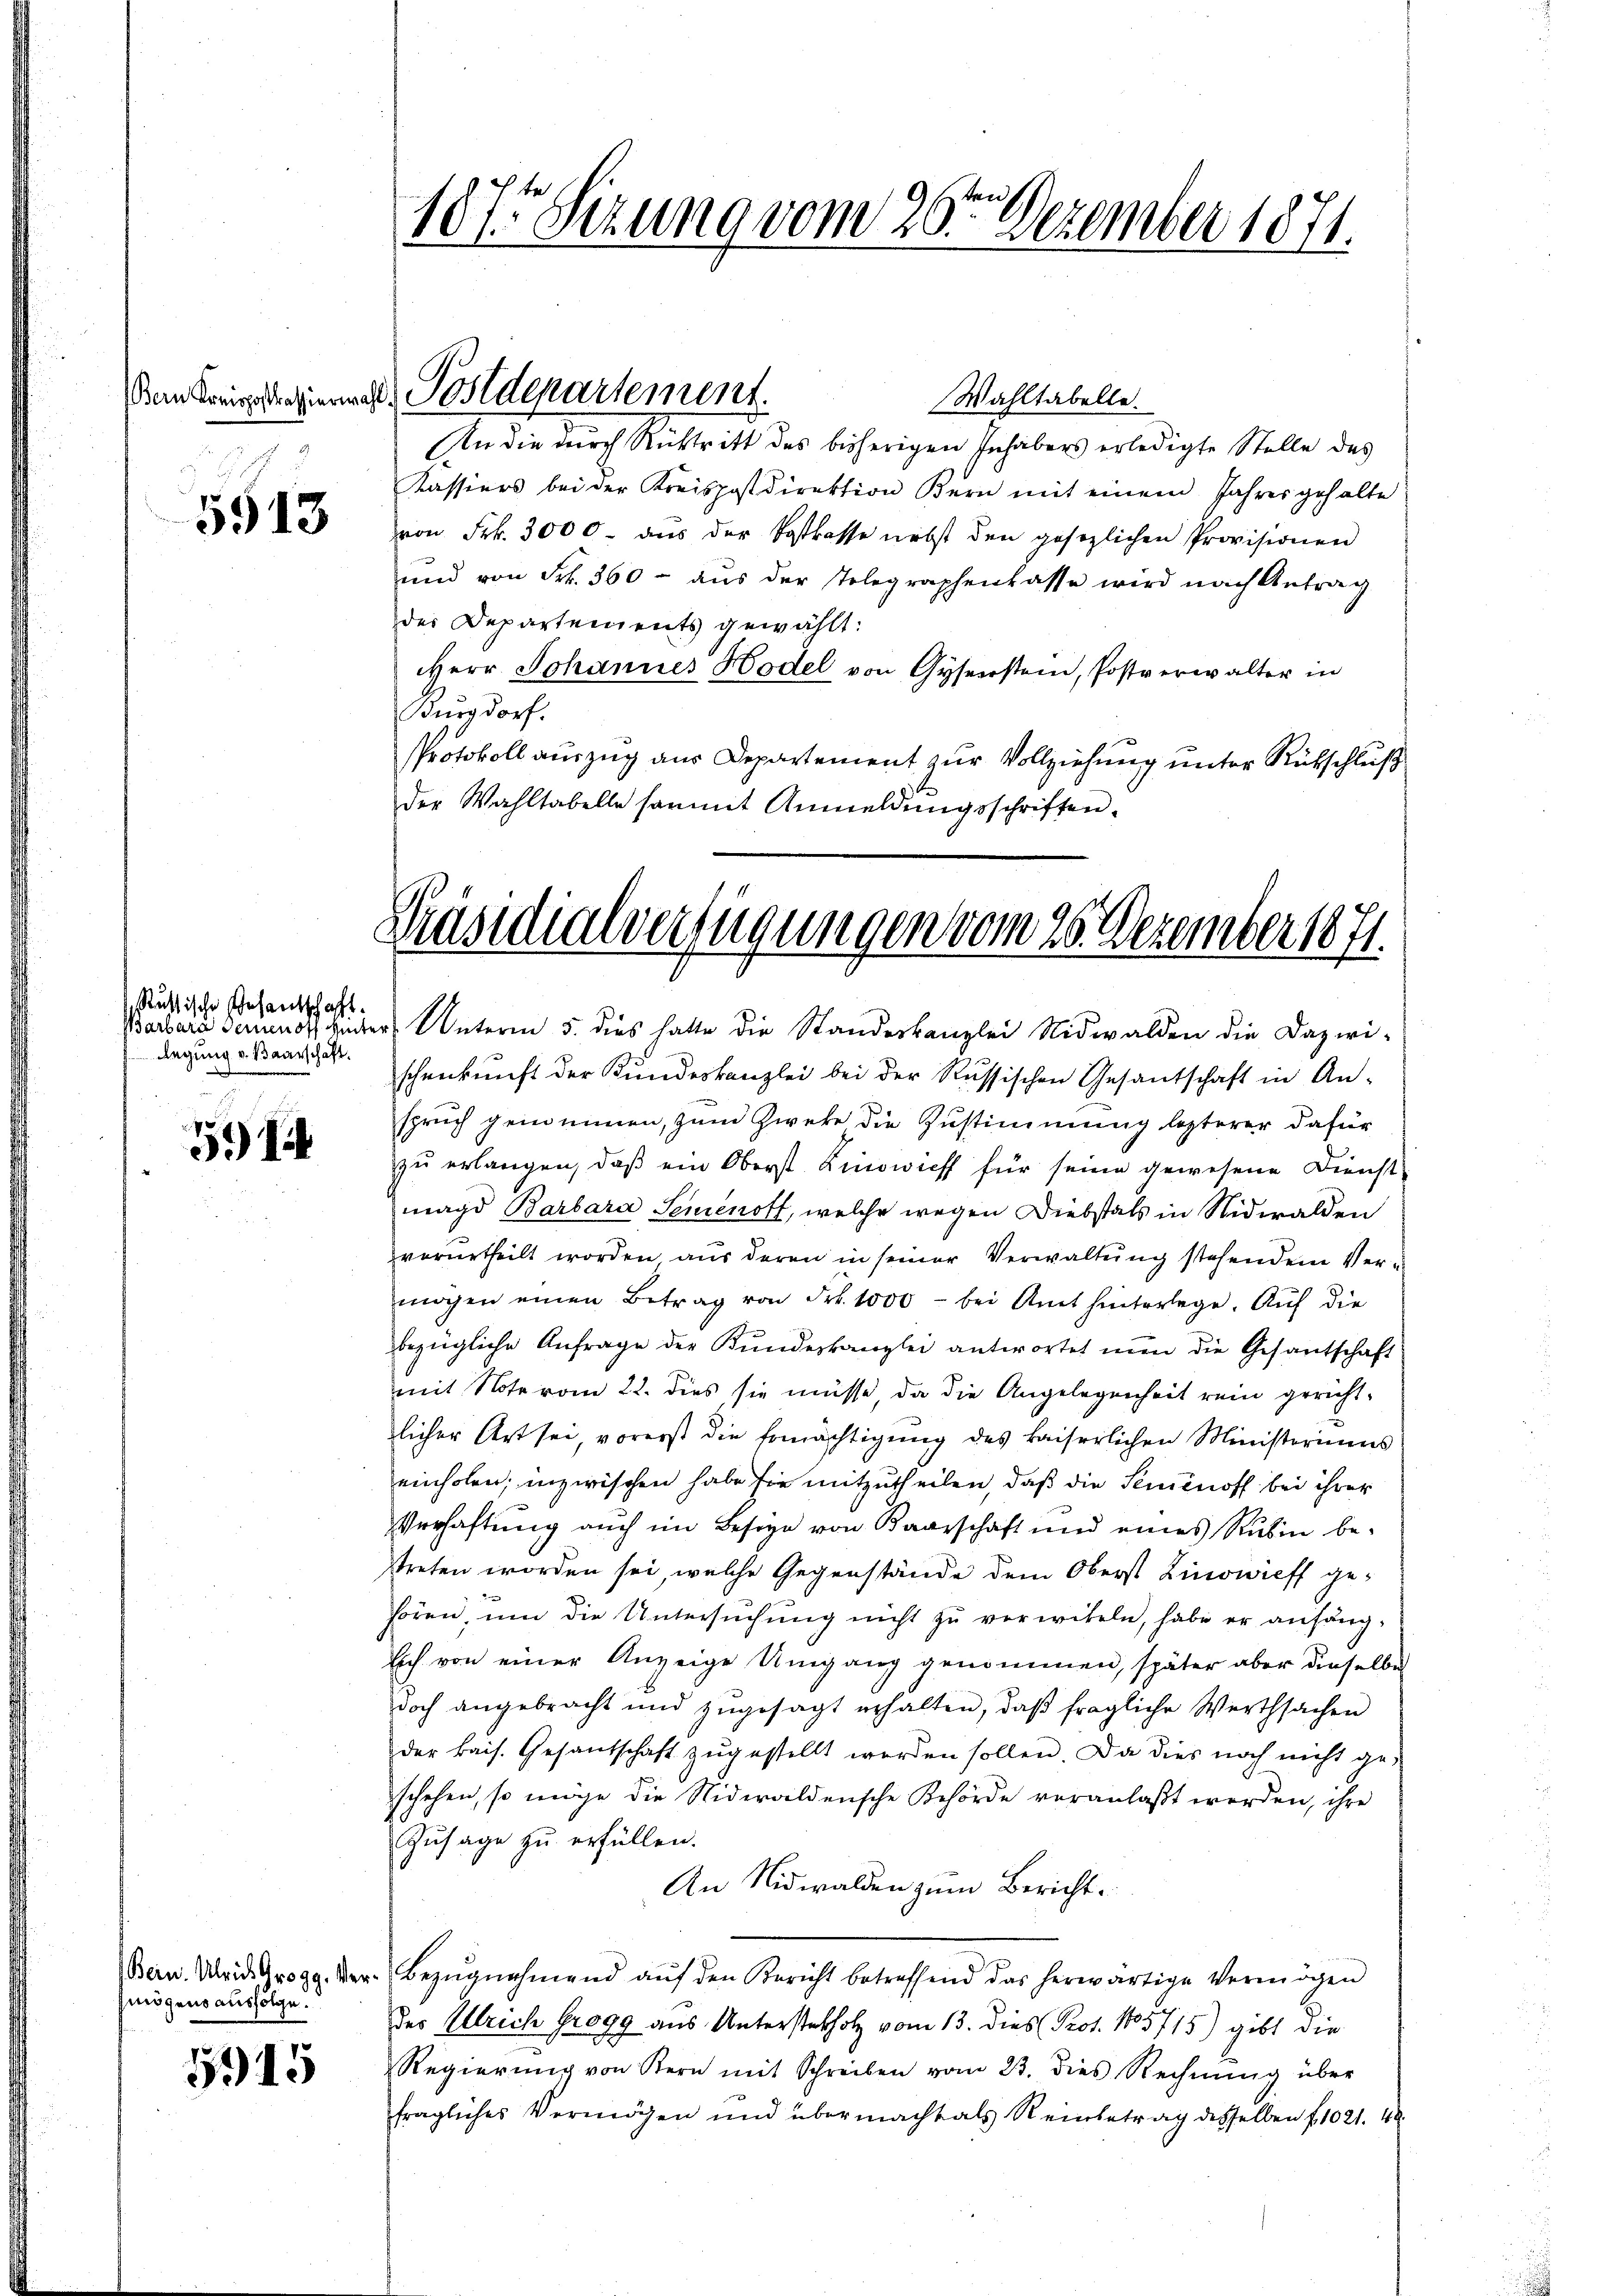
5513

511

mögens ausfolge.

5915

Ruthische Gesantschaft.
legung v. Baarschaft.

187. Sizung vom 26ten Dezember 1871.

den Kreisregieren Postdepartement.

Präsidialverfügungen vom 26. Dezember 1871.

Wahltabelle.
An die durch Rücktritt des bisherigen Inhabers erledigte Stelle des
Kassiers bei der Kreispostdirektion Kern mit einem Jahres gehalte
von Frk. 3000. aŭs der Postkasse nebst den gesezlichen Provisionen
und von Frk. 360 - aŭs der Telegraphenlasse wird nach Antrag
der Departements gewählt:
Herr Johannes Hodel von Gysenstein, Postverwalter in
Burgdorf.
Protokoll auszug aus Departement zur Vollziehung unter Rütschluß
der Wahltabelle sammt Anmeldŭngsschriften.

Barbara demnot inter Unterm 5. dies hatte die Standeskanzlei Nidwalden die Dazwi-
schenkunft der Kundeskanzlei bei der Russischen Gesantschaft in An-
spruch genommen, zum Zweke die Zustimmung lezterer dafür
zu erlangen, daß ein Oberst Kinowicht für seine gewesene Dienst-
magd Barbara Seienoff, welche wegen Diebstals in Nidwalden
verurtheilt worden aus deren in seiner Verwaltung stehendem Vermögen einen Betrag von Frk. 1000 - bei Amt hinterlege. Aŭf die
bezügliche Anfrage der Kundeskanzlei antwortet nun die Gesantschaft
mit Note vom 22. dies sie müsse, da die Angelegenheit rein gericht-
licher Art sei, vorerst die Ermächtigung des kaiserlichen Ministeriums
einholen; inzwischen habe sie mitzutheilen, daß die Seienoff bei ihrer
Verhaftung auch im Besize von Baarschaft und eines Rubin be-
streten worden sei, welche Gegenstände dem Oberst Zinowieff ge-
hören, um die Untersŭchŭng nicht zŭ verwiteln, habe er anfäng¬
Eich von einer Anzeige Umgang genommen, später aber dieselbe
doch angebracht und zŭgesagt erhalten, daβ fragliche Werthsachen
der kais. Gesantschaft zŭgestellt werden sollen. Da dies noch nicht ge-
schehen, so möge die Nidwaldensche Behörde veranlaßt werden, ihre
Zusage zu erfüllen.
An Nidwalden zum Bericht.
Bern. Weide Krogg. Der Bezŭgnahmend aŭf den Bericht betreffend das herwärtige Vermögen
des Ulrich Grogg aus Unterstelholz vom 13. dies Prot. 1805715) gibt die
Regierŭng von Kern mit Schreiben vom 23. dies Rechnŭng über
fragliches Vermögen und übermacht als Reinbetrag desselben f 1021. 40.